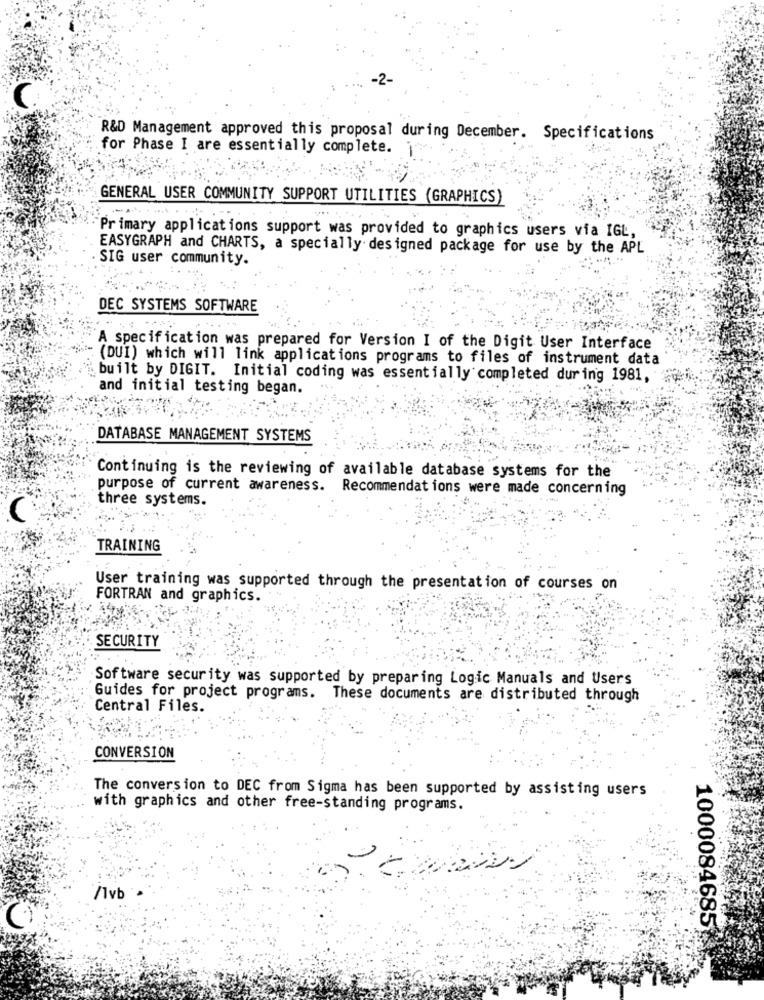
C.
R&D Management approved this proposal during December. Specifications
for Phase I are essentially complete. j.
GENERAL USER COMMUNITY SUPPORT UTILITIES (GRAPHICS)
Primary applications support was provided to graphics users via IGL,
EASYGRAPH and CHARTS, a specially designed package for use by the APL
SIG user community.
DEC SYSTEMS SOFTWARE
A specification was prepared for Version I of the Digit User Interface
(DUI) which will link applications programs to files of instrument data
built by DIGIT. Initial coding was essentially completed during 1981,
and initial testing began.
DATABASE MANAGEMENT SYSTEMS
Continuing is the reviewing of available database systems for the
purpose of current awareness. Recommendations were made concerning
three systems.
TRAINING
User training was supported through the presentation of courses on
FORTRAN and graphics.
SECURITY
Software security was supported by preparing Logic Manuals and Users
Guides for project programs. These documents are distributed through
Central Files.
CONVERSION
The conversion to DEC from Sigma has been supported by assisting users
with graphics and other free-standing programs.
/1vb
1000084685